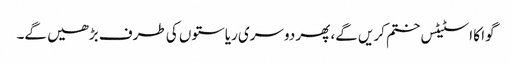
گوا کا اسٹیٹس ختم کریں گے، پھر دوسری ریاستوں کی طرف بڑھیں گے۔